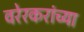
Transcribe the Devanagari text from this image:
वरेरकरांच्या